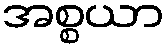
အစ္စယာ